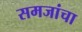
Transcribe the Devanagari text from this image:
समजांचा